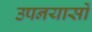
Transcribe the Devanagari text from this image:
उपनयासों